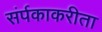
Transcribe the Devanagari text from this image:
संर्पकाकरीता